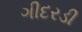
ગીદરડી